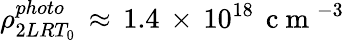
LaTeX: \rho_{2LRT_{0}}^{photo}\, \approx\, 1.4\, \times\, 10^{18}\, \mathrm{~c~m~}^{-3}